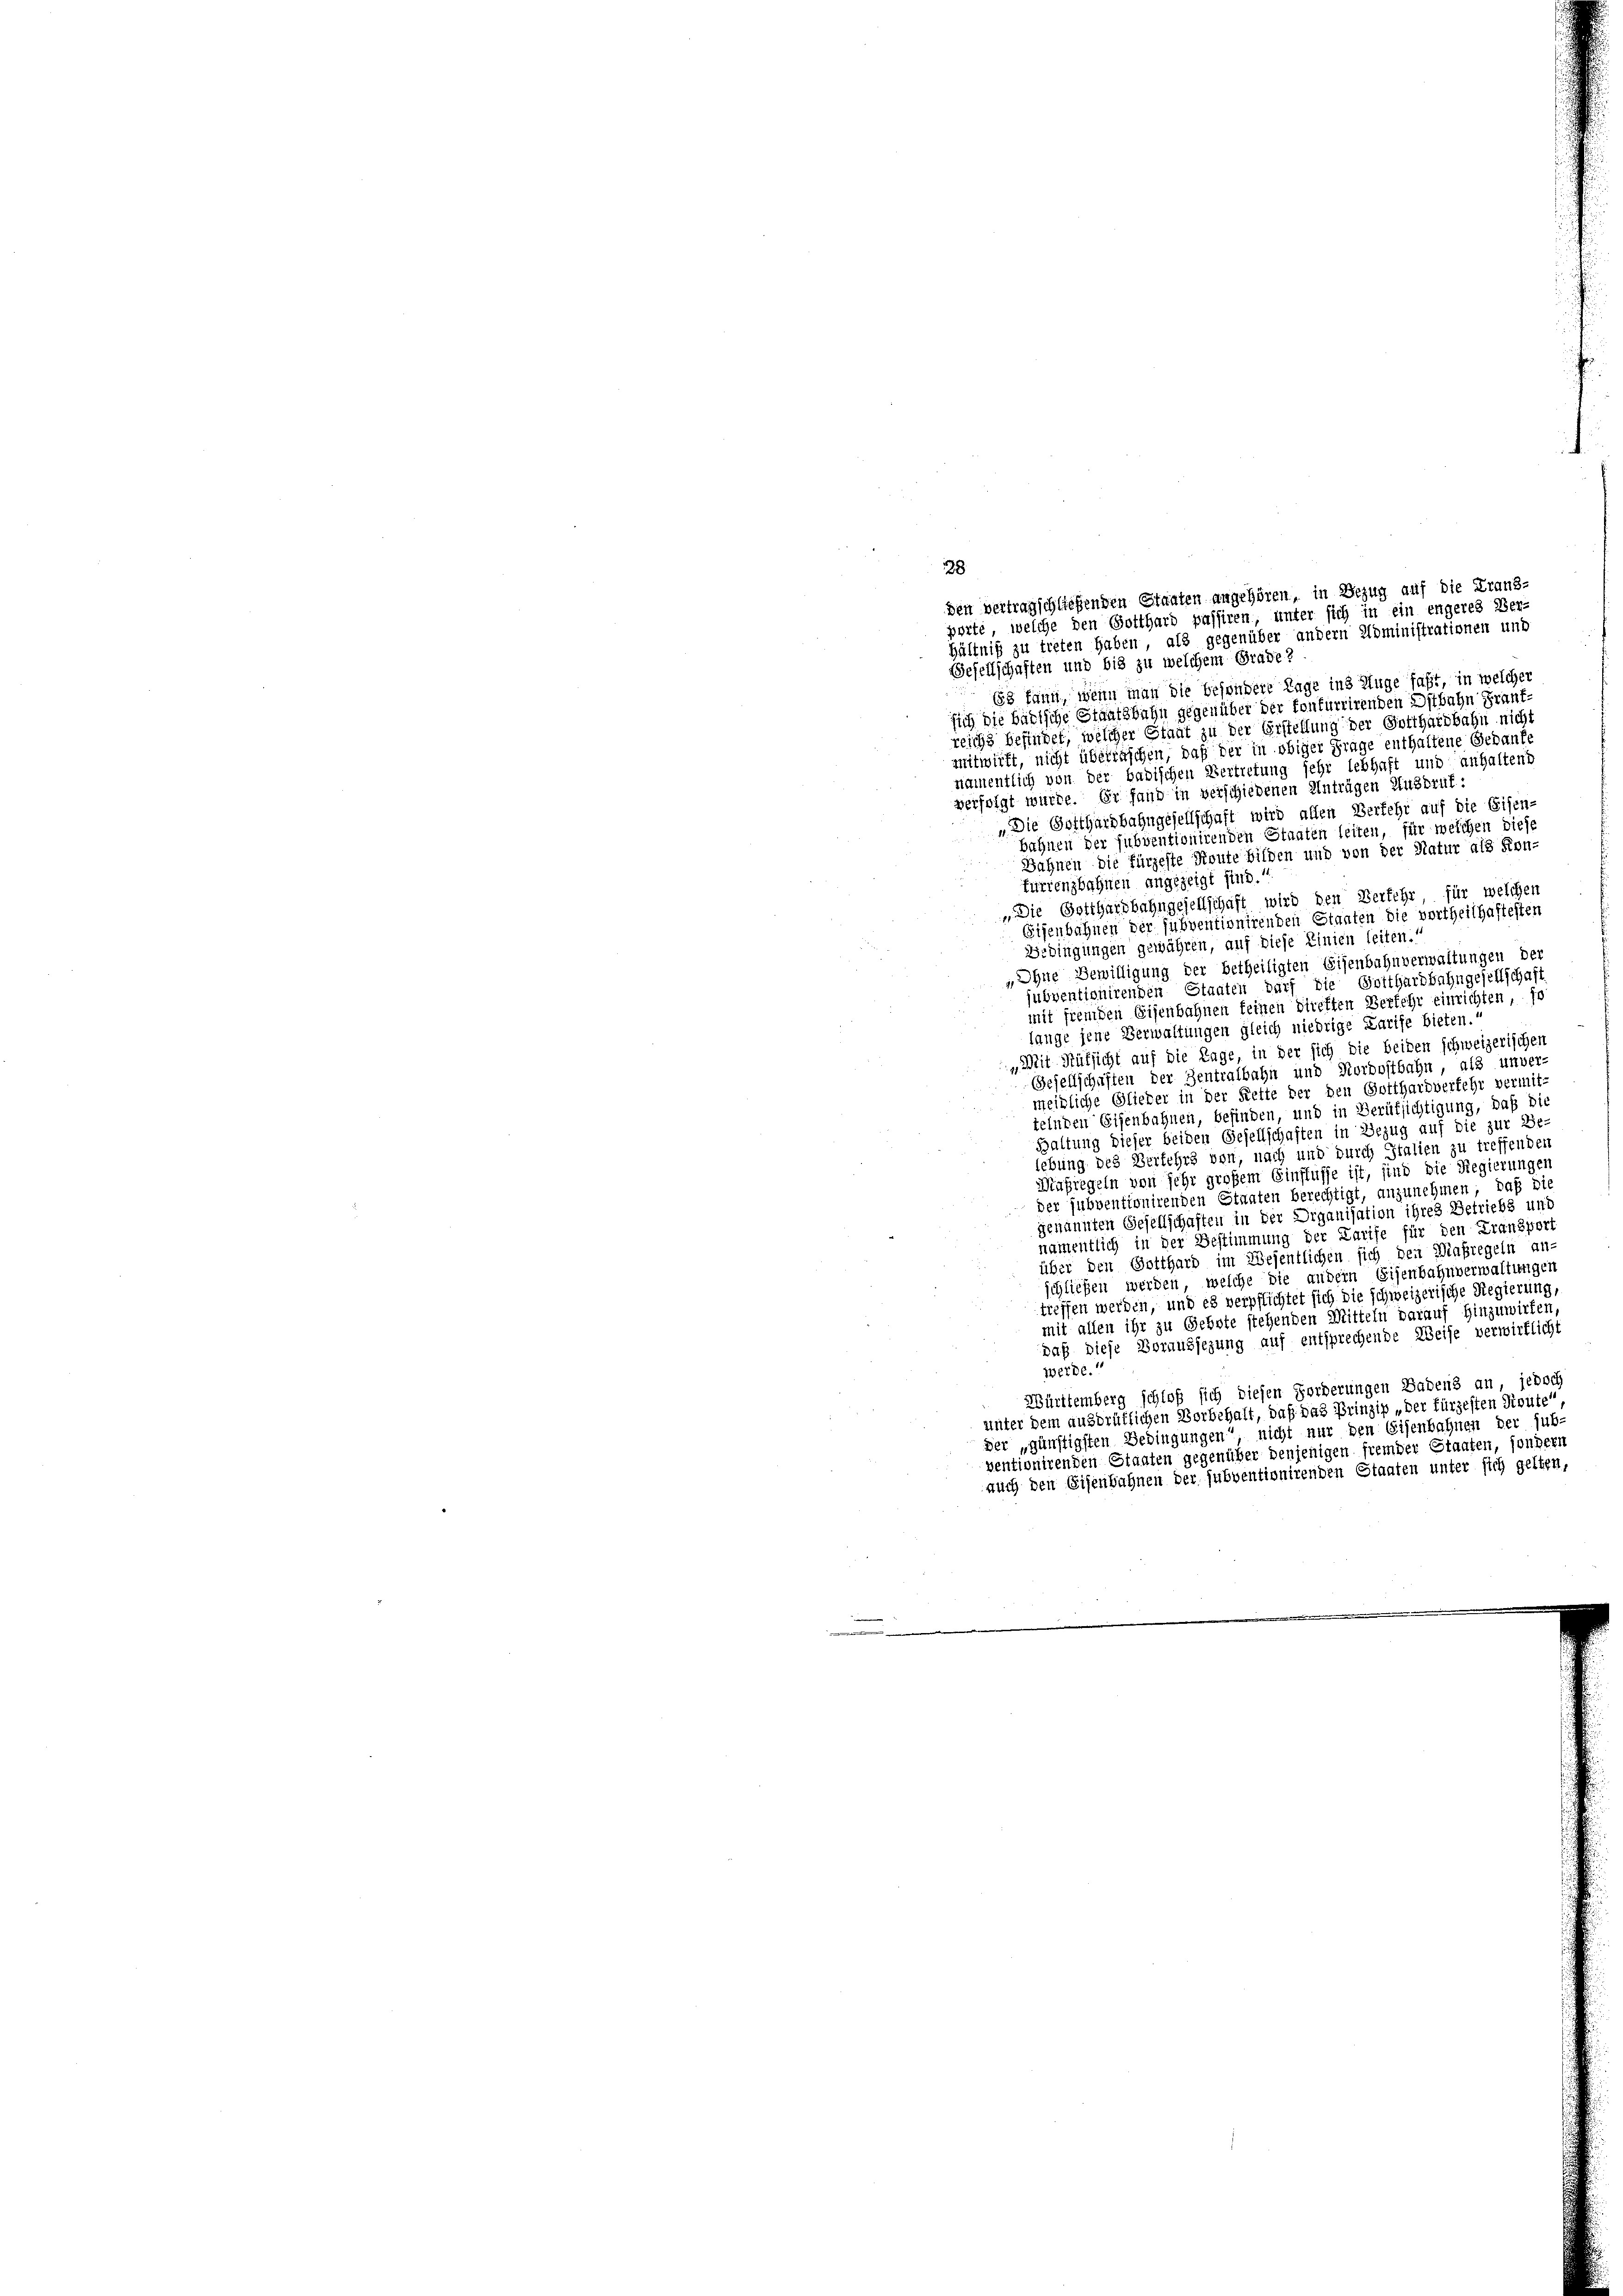
den vertragschließenden Staaten angehören, in Bezug auf die Franz-
porte, welche den Gotthard passiren, unter sich in ein engeres Ber-
hältnis zu treten haben, als gegenüber andern Administrationen und

188
Gesellschaften und bis zu welchem Grade?
63 kann, wenn man die besondere Tage ins Auge faßt, in welcher
sich die Bärische Staatsbahn gegenüber der konfurrirenden Astbahn Frank-
reichs befindet, welcher Staat zu der Erstellung der Gotthardbahn nicht
mitwirft, nicht überraschen, daß der in obiger Frage enthaltene Gedanke
namentlich von der badischen Vertretung sehr lebhaft und anhaltend
verfolgt wurde. Er fand in verschiedenen Anträgen Ausdruf:
„Die Gotthardbahngesellschaft wird allen Verfehr auf die Eisen-
bahnen der subventionirenden Staaten leiten, für welchen diese
Bahnen die fürzeste Route bilden und von der Natur als Kon-
furrenzbahnen angezeigt sind.“
„Die Gotthardbahngesellschaft wird den Verfehr, für welchen
Eisenbahnen der subventionirenden Staaten die vortheilhaftesten
Bedingungen gewähren, auf diese Linien leiten.
„Ohne Bewilligung der betheiligten Eisenbahnverwaltungen der
jubventionirenden Staaten darf die Gotthardbahngesellschaft
mit fremden Eisenbahnen feinen direften Verfehr einrichten, so
lange jene Verwaltungen gleich niedrige Larife bieten.
„Mit Rüksicht auf die Tage, in der sich die beiden schweizerischer
Gesellschaften der Zentralbahn und Nordostbahn, als unver-
meidliche Glieder in der Fette der den Gotthardverfehr vermit-
telnden Eisenbahnen, befinden, und in Berüksichtigung, daß die
Haltung dieser beiden Gesellschaften in Bezug auf die zur Be-
lebung des Verfehrs von, nach und durch Italien zu treffenden
Nasregeln von sehr großem Einflusse ist, sind die Regierungen
der subventionirenden Staaten berechtigt, anzunehmen; daß di
genannten Gesellschaften in der Organisation ihres Betriebs und
namentlich in der Bestimmung der Larife für den Fransport
über den Gotthard im Wesentlichen sich den Diasregeln an-
schließen werden, welche die andern Eisenbahnverwaltungen
treffen werden, und es verpflichtet sich die schweizerische Regierung,
mit allen ihr zu Gebote stehenden Mitteln darauf hinzuwirken,
daß diese Voraussezung auf entsprechende Weise verwirklicht
werde.“
Württemberg schloß sich diesen Forderungen Badens an, jedoch
unter dem ausdrüklichen Vorbehalt, daß das Prinzip der fürzesten Lieute
der „günstigsten Bedingungen“, nicht nur den Eisenbahnen der sub-
ventionirenden Staaten gegenüber denjenigen fremder Staaten, sondern
auch den Eisenbahnen der subventionirenden Staaten unter sich gelten,